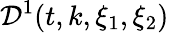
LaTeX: \mathcal{D}^{1}(t,k,\xi_{1},\xi_{2})